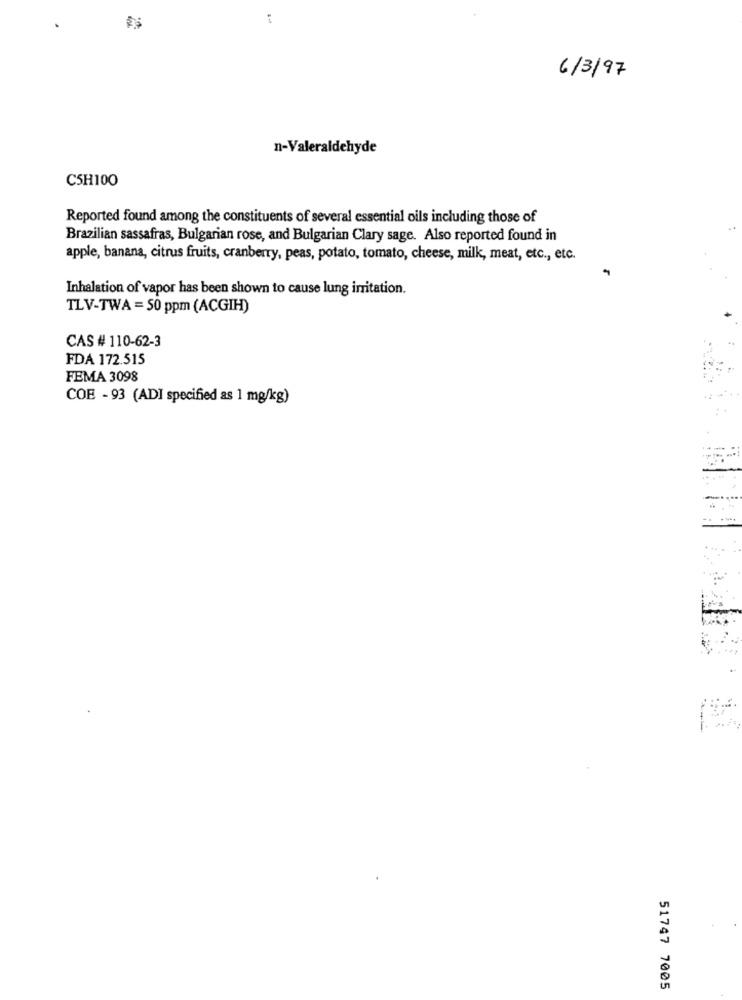
6/3/97
n-Valeraldehyde
C5H100
Reported found among the constituents of several essential oils including those of
Brazilian sassafras, Bulgarian rose, and Bulgarian Clary sage. Also reported found in
apple, banana, citrus fruits, cranberry, peas, potato, tomato, cheese, milk, meat, etc ., etc.
Inhalation of vapor has been shown to cause lung irritation.
TLV-TWA = 50 ppm (ACGIH)
CAS # 110-62-3
FDA 172.515
FEMA 3098
COE - 93 (ADI specified as 1 mg/kg)
-
.. .
51747 7005